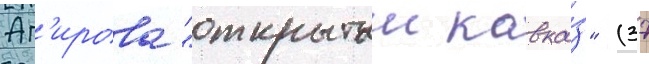
Аг'ирова "открытыи кавка́з" (37